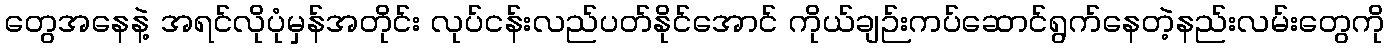
တွေအနေနဲ့ အရင်လိုပုံမှန်အတိုင်း လုပ်ငန်းလည်ပတ်နိုင်အောင် ကိုယ်ချဉ်းကပ်ဆောင်ရွက်နေတဲ့နည်းလမ်းတွေကို